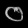
Digit: ၀